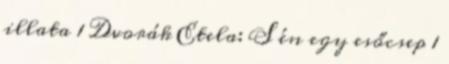
illata 1 Dvorák Etela: S én egy esőcsep 1